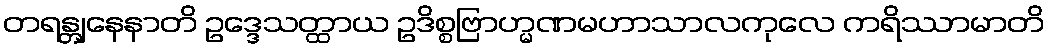
တရန္တျနေနာတိ ဥဒ္ဒေသတ္ထာယ ဥဒိစ္စဗြာဟ္မဏမဟာသာလကုလေ ကရိဿာမာတိ